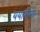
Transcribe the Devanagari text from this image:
ययातीला